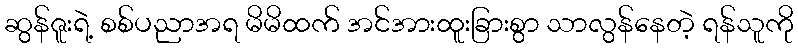
ဆွန်ဇူးရဲ့ စစ်ပညာအရ မိမိထက် အင်အားထူးခြားစွာ သာလွန်နေတဲ့ ရန်သူကို